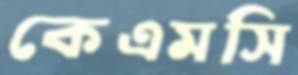
কেএমসি